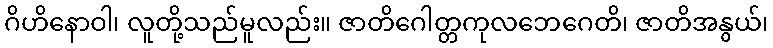
ဂိဟိနောဝါ၊ လူတို့သည်မူလည်း။ ဇာတိဂေါတ္တကုလဘေဂေတိ၊ ဇာတိအနွယ်၊